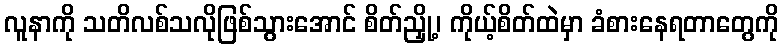
လူနာကို သတိလစ်သလိုဖြစ်သွားအောင် စိတ်ညှို့၊ ကိုယ့်စိတ်ထဲမှာ ခံစားနေရတာတွေကို